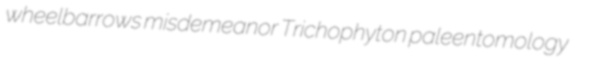
wheelbarrows misdemeanor Trichophyton paleentomology